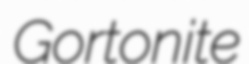
Gortonite